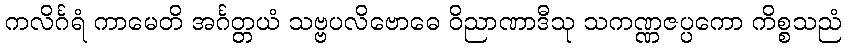
ကလိင်္ဂရံ ကာမေတိ အင်္ဂတ္တယံ သဗ္ဗပလိဗောဓေ ဝိညာဏာဒီသု သကဏ္ဏဇပ္ပကော ကိစ္စသညံ